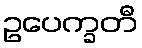
ဥပေက္ခတီ